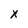
Character: x